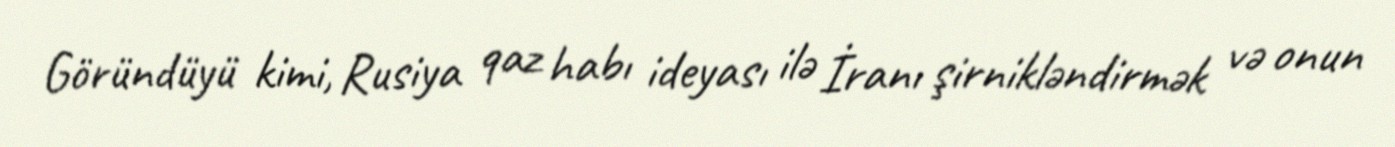
Göründüyü kimi, Rusiya qaz habı ideyası ilə İranı şirnikləndirmək və onun